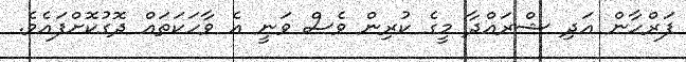
ފަރްހާން އަދި ޝްރައްދާ މީގެ ކުރިން ވެސް ވަނީ އެ ވާހަކަތައް ދޮގުކޮށްފައެވެ.